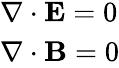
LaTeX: \begin{array}{l}{\nabla\cdot\mathbf{E}=0}\\ {\nabla\cdot\mathbf{B}=0}\end{array}